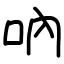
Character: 吶